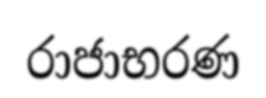
රාජාභරණ